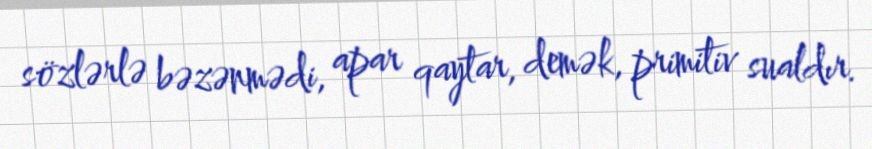
sözlərlə bəzənmədi, apar qaytar, demək, primitiv sualdır.